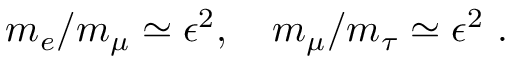
m _ { e } / m _ { \mu } \simeq \epsilon ^ { 2 } , \quad m _ { \mu } / m _ { \tau } \simeq \epsilon ^ { 2 } ~ .